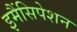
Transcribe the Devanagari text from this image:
इमैंसिपेशन